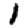
Digit: 1